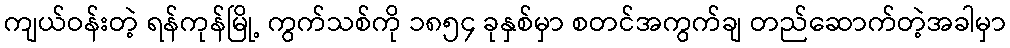
ကျယ်ဝန်းတဲ့ ရန်ကုန်မြို့ ကွက်သစ်ကို ၁၈၅၄ ခုနှစ်မှာ စတင်အကွက်ချ တည်ဆောက်တဲ့အခါမှာ